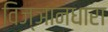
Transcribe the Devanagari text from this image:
विज्ञानधारा